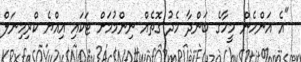
"އެ އަންހެން މީހާގެ ބަންދާ މެދު ގޮތެއް ނިންމުމަށް ޓަކައި އިއްޔެ ކްރިމިނަލް